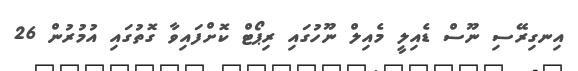
އިނގިރޭސި ނޫސް ޑެއިލީ މެއިލް ނޫހުގައި ރިޕޯޓް ކޮށްފައިވާ ގޮތުގައި އުމުރުން 26